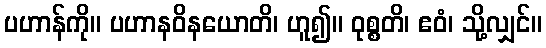
ပဟာန်ကို။ ပဟာနဝိနယောတိ၊ ဟူ၍။ ဝုစ္စတိ၊ ဧဝံ၊ သို့လျှင်။